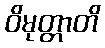
ဝိမုတ္တာတိ